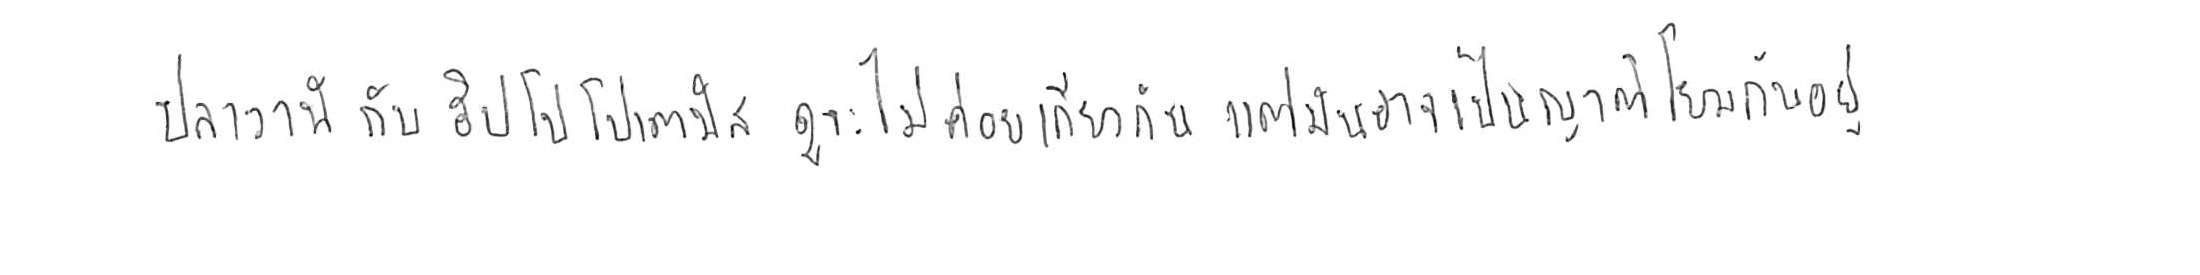
ปลาวาฬ กับ ฮิปโปโปเตมัส ดูจะไม่ค่อยเกี่ยวกัน แต่มันอาจเป็นญาติโยมกันอยู่